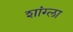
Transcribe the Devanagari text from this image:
शांग्ला